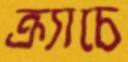
ক্র্যাচে